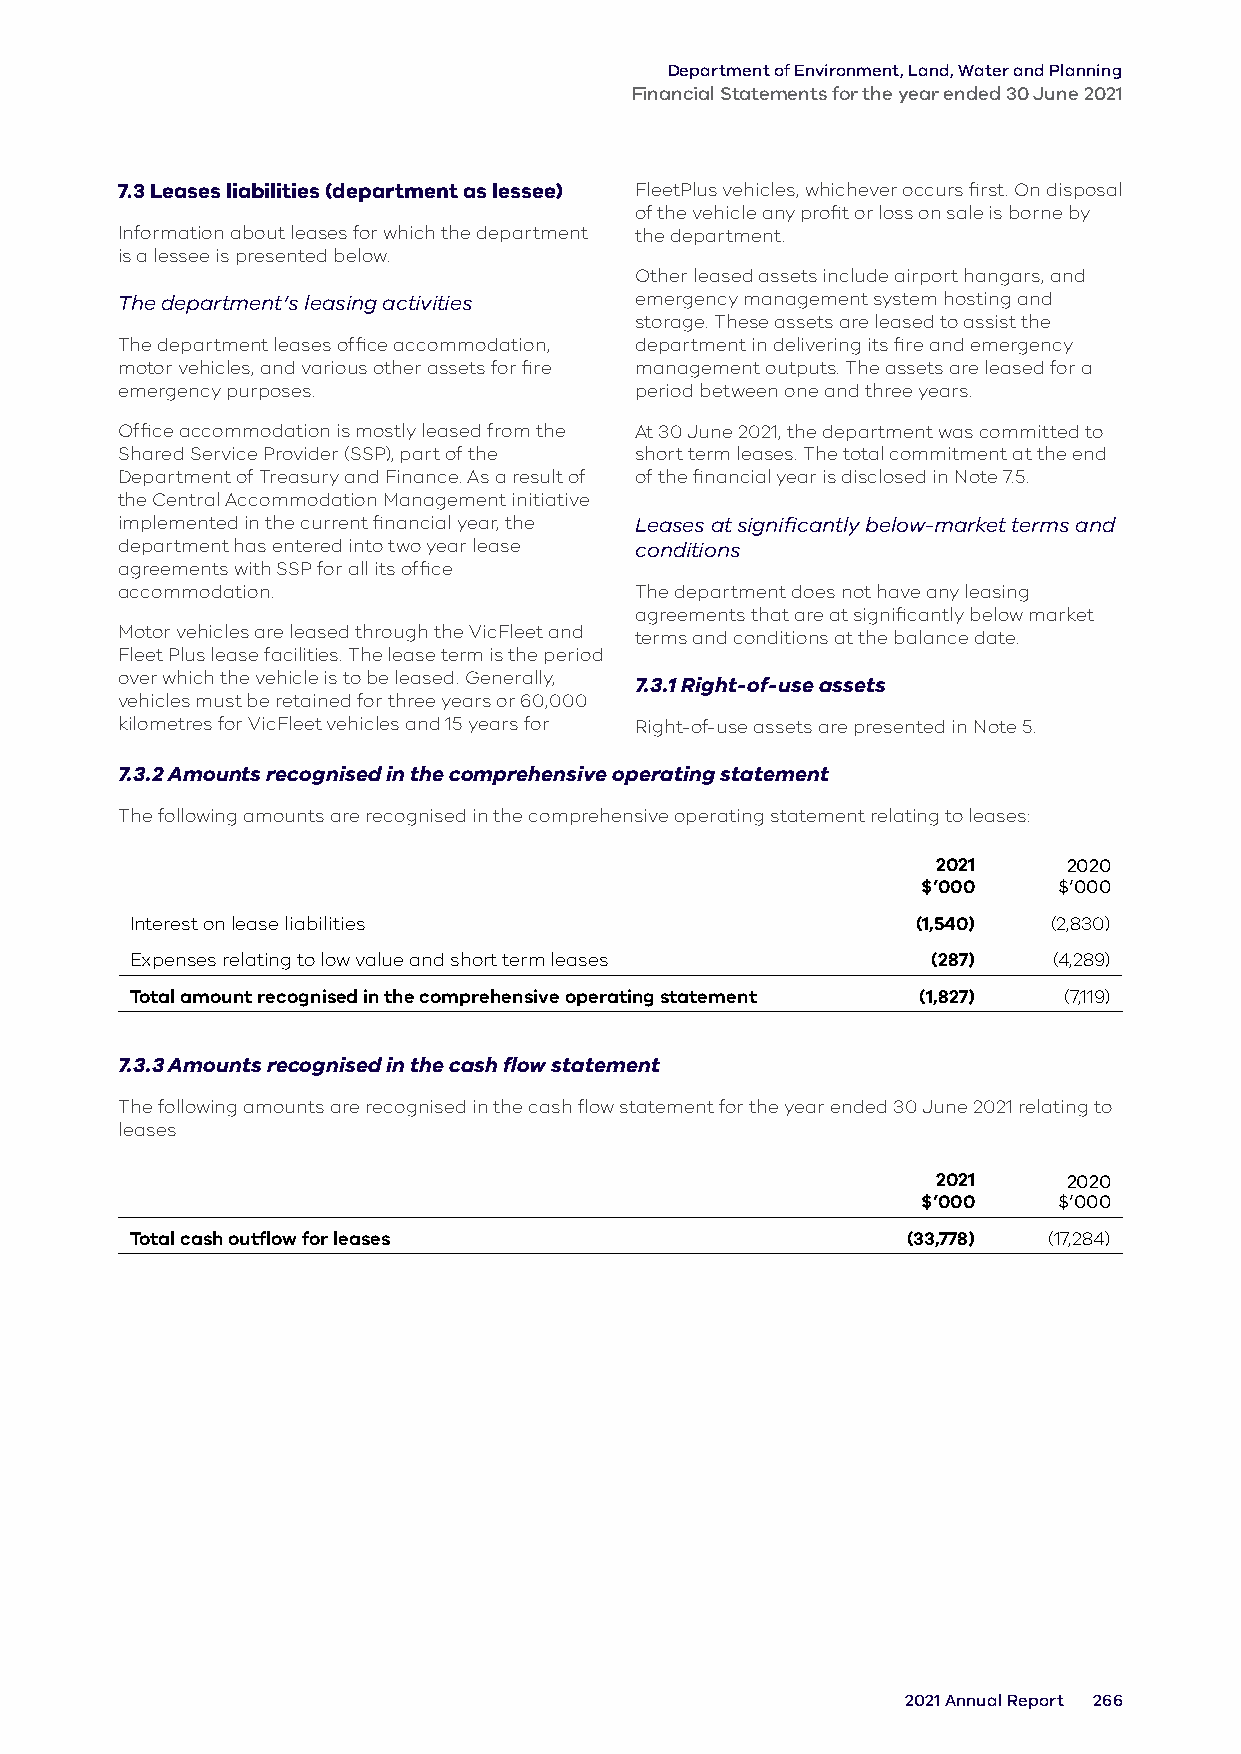
Department of Environment, Land, Water and Planning
 Financial Statements for the year ended 30 June 2021
 7.3 Leases liabilities (department as lessee) FleetPlus vehicles, whichever occurs first. On disposal
 of the vehicle any profit or loss on sale is borne by
 Information about leases for which the department the department.
 is a lessee is presented below.
 Other leased assets include airport hangars, and
 The department’s leasing activities emergency management system hosting and
 storage. These assets are leased to assist the
 The department leases office accommodation, department in delivering its fire and emergency
 motor vehicles, and various other assets for fire management outputs. The assets are leased for a
 emergency purposes.               period between one and three years.
 Office accommodation is mostly leased from the At 30 June 2021, the department was committed to
 Shared Service Provider (SSP), part of the short term leases. The total commitment at the end
 Department of Treasury and Finance. As a result of of the financial year is disclosed in Note 7.5.
 the Central Accommodation Management initiative
 implemented in the current financial year, the Leases at significantly below-market terms and
 department has entered into two year lease conditions
 agreements with SSP for all its office
 accommodation.                    The department does not have any leasing
 agreements that are at significantly below market
 Motor vehicles are leased through the VicFleet and terms and conditions at the balance date.
 Fleet Plus lease facilities. The lease term is the period
 over which the vehicle is to be leased. Generally,
 7.3.1 Right-of-use assets
 vehicles must be retained for three years or 60,000
 kilometres for VicFleet vehicles and 15 years for Right-of-use assets are presented in Note 5.
 7.3.2 Amounts recognised in the comprehensive operating statement
 The following amounts are recognised in the comprehensive operating statement relating to leases:
 2021     2020
 $’000    $’000
 Interest on lease liabilities                       (1,540)  (2,830)
 Expenses relating to low value and short term leases (287)   (4,289)
 Total amount recognised in the comprehensive operating statement (1,827) (7,119)
 7.3.3 Amounts recognised in the cash flow statement
 The following amounts are recognised in the cash flow statement for the year ended 30 June 2021 relating to
 leases
 2021     2020
 $’000    $’000
 Total cash outflow for leases                      (33,778) (17,284)
 2021 Annual Report 266